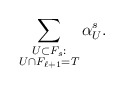
\begin{align*}\sum_{\substack{U \subset F_s: \\ U \cap F_{\ell+1} = T}} \alpha^s_U.\end{align*}